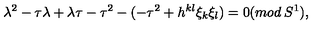
\lambda ^ { 2 } - \tau \lambda + \lambda \tau - \tau ^ { 2 } - ( - \tau ^ { 2 } + h ^ { k l } \xi _ { k } \xi _ { l } ) = 0 ( m o d \: S ^ { 1 } ) ,